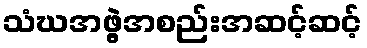
သံဃအဖွဲ့အစည်းအဆင့်ဆင့်